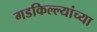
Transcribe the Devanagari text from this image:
गडकिल्ल्यांच्या